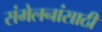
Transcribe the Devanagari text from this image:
संमेलनांसाठी